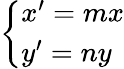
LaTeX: \left\{ \begin{array}{ll}{x^{\prime}=mx}\\ {y^{\prime}=ny}\end{array}\right.